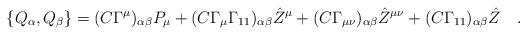
\begin{align*}\{ Q_\alpha,Q_\beta\}= (C\Gamma^\mu)_{\alpha\beta}P_\mu + (C\Gamma_\mu\Gamma_{11})_{\alpha\beta}{\hat Z}^\mu + (C\Gamma_{\mu\nu})_{\alpha\beta}{\hat Z}^{\mu\nu} + (C\Gamma_{11})_{\alpha\beta}{\hat Z}\quad . \end{align*}